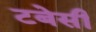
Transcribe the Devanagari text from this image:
टबेसी